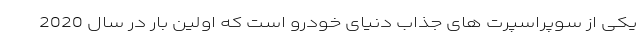
یکی از سوپراسپرت های جذاب دنیای خودرو است که اولین بار در سال 2020